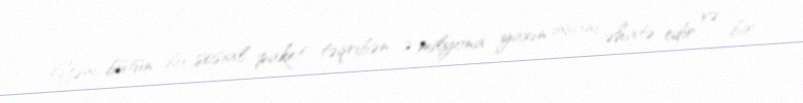
Yəni, bütün bu sosial paket təqribən 3 milyona yaxın insanı əhatə edir və bir